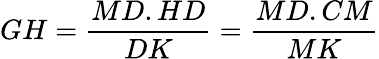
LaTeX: GH={\frac{MD.HD}{DK}}={\frac{MD.CM}{MK}}